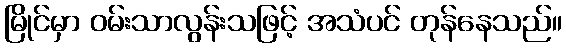
မြိုင်မှာ ဝမ်းသာလွန်းသဖြင့် အသံပင် တုန်နေသည်။